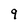
Character: 9